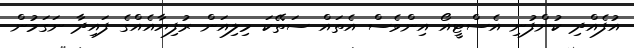
އުފެއްދި ކުންފުނި އެސްޓީއޯ އިންވެސް އެތައް ސަތޭކަ މިލިއަން ރުފިޔާއެއްގެ ފައިދާ ނަގަމުން